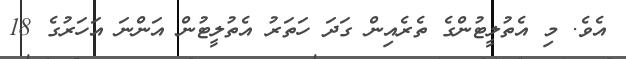
އެވެ. މި އެތުލީޓުންގެ ތެރެއިން ގަދަ ހަތަރު އެތުލީޓުން އަންނަ އަހަރުގެ 18